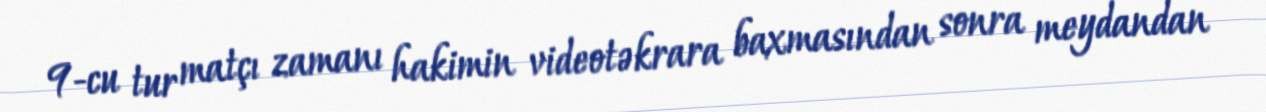
9-cu tur matçı zamanı hakimin videotəkrara baxmasından sonra meydandan